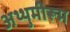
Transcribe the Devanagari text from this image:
अथ्थुमीरूम